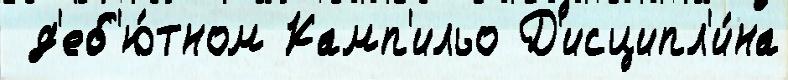
 д'еб'ю́тном Камп'ильо Д'исципл'и́на